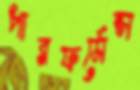
পারফর্মেন্স